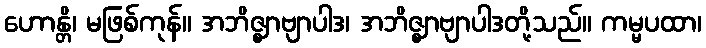
ဟောန္တိ၊ မဖြစ်ကုန်။ အဘိဇ္ဈာဗျာပါဒ၊ အဘိဇ္ဈာဗျာပါဒတို့သည်။ ကမ္မပထာ၊